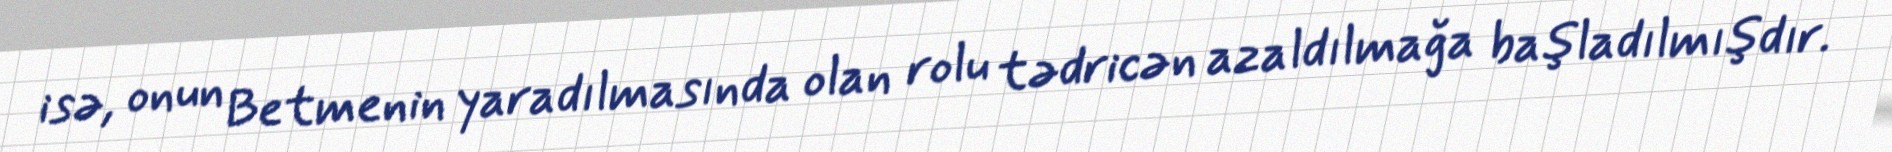
isə, onun Betmenin yaradılmasında olan rolu tədricən azaldılmağa başladılmışdır.